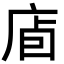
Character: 𢈞